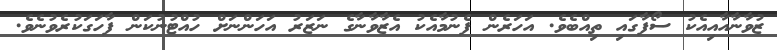
ޒުވާނާއާއިއެކު ސޯފާގައި ތިއްބެވެ. އަހަރެން ފެނުމާއެކު އެޒާވާނާގެ ނަޒަރު އަހަންނަށް ހުއްޓުނުކަން ފާހަގަކުރެވުނެވެ.